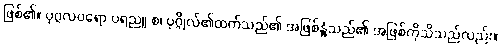
ဖြစ်၏။ ပုဂ္ဂလပရော ပရညူ စ၊ ပုဂ္ဂိုလ်၏ထက်သည်၏ အဖြစ်နှုံ့သည်၏ အဖြစ်ကိုသိသည်လည်း။